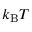
k _ { \mathrm { B } } T